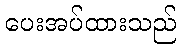
ပေးအပ်ထားသည်